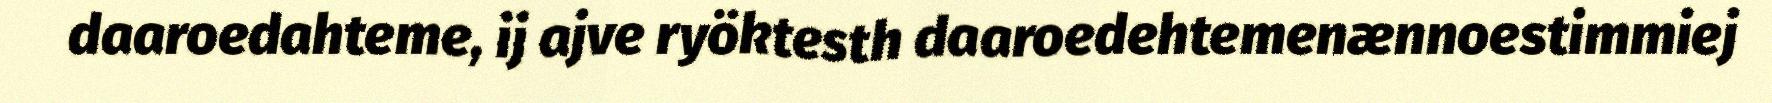
daaroedahteme, ij ajve ryöktesth daaroedehtemenænnoestimmiej